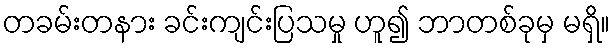
တခမ်းတနား ခင်းကျင်းပြသမှု ဟူ၍ ဘာတစ်ခုမှ မရှိ။